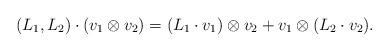
LaTeX: \begin{align*}(L_1,L_2) \cdot (v_1 \otimes v_2)= (L_1 \cdot v_1) \otimes v_2 + v_1 \otimes (L_2 \cdot v_2).\end{align*}